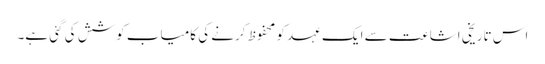
اس تاریخی اشاعت سے ایک عہد کو محفوظ کرنے کی کامیاب کوشش کی گئی ہے۔